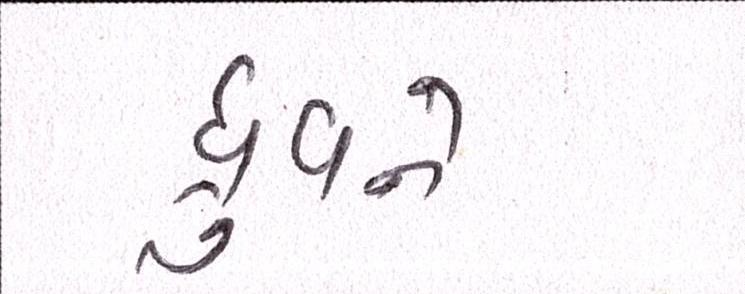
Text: ધ્રુવને